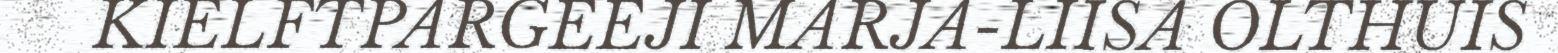
KIELFTPARGEEJI MARJA-LIISA OLTHUIS